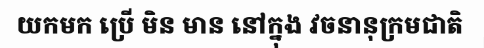
យកមក ប្រើ មិន មាន នៅក្នុង វចនានុក្រមជាតិ